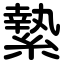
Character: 縶